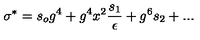
\sigma ^ { * } = s _ { o } g ^ { 4 } + g ^ { 4 } x ^ { 2 } { \frac { s _ { 1 } } { \epsilon } } + g ^ { 6 } s _ { 2 } + . . .